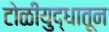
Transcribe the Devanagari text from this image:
टोळीयुद्धातून